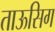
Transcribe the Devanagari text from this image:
ताऊसिग